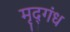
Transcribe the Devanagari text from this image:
मृद्‌गंध